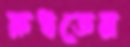
রুধতেন